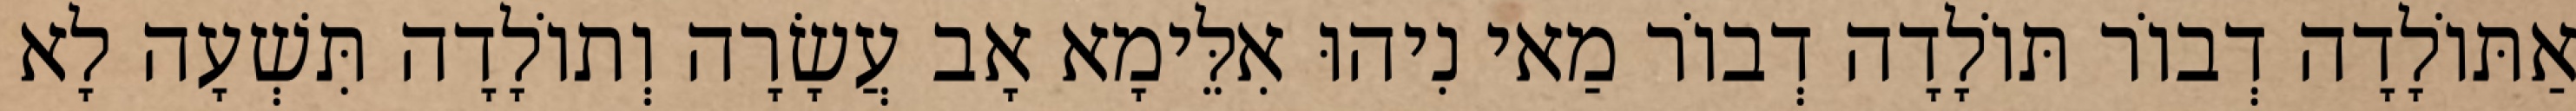
אַתּוֹלָדָה דְבוֹר תּוֹלָדָה דְבוֹר מַאי נִיהוּ אִלֵּימָא אָב עֲשָׂרָה וְתוֹלָדָה תִּשְׁעָה לָא